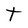
Character: t